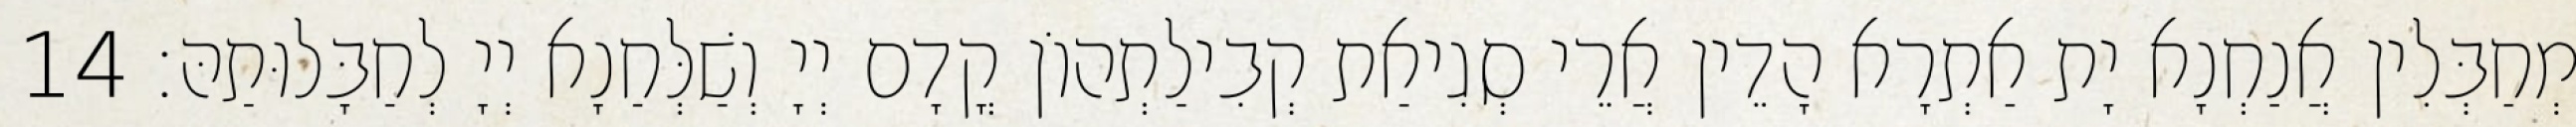
מְחַבְּלִין אֲנַחְנָא יָת אַתְרָא הָדֵין אֲרֵי סְגִיאַת קְבִילַתְהוֹן קֳדָם יְיָ וְשַׁלְּחַנָא יְיָ לְחַבָּלוּתַהּ׃ 14